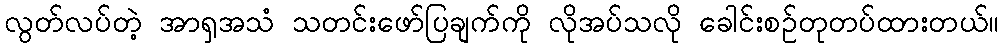
လွတ်လပ်တဲ့ အာရှအသံ သတင်းဖော်ပြချက်ကို လိုအပ်သလို ခေါင်းစဉ်တုတပ်ထားတယ်။